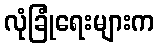
လုံခြုံရေးများက